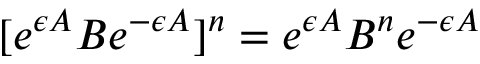
[ e ^ { \epsilon A } B e ^ { - \epsilon A } ] ^ { n } = e ^ { \epsilon A } B ^ { n } e ^ { - \epsilon A }